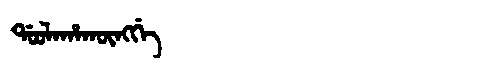
Manchu: ᡩᠣᠣᠯᠠᡥᠠᡴᡡᠩᡤᡝ
Romanization: DOOLAHAKŪNGGE